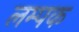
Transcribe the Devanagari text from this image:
लम्पक